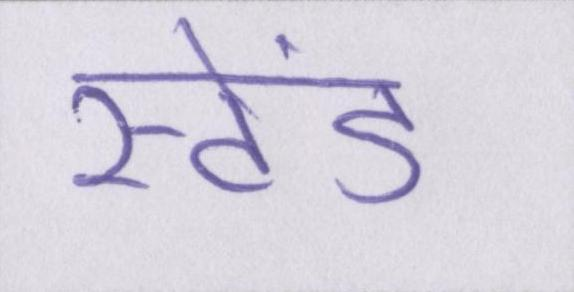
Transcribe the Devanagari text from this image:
स्टेंड